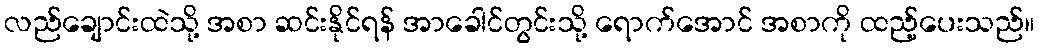
လည်ချောင်းထဲသို့ အစာ ဆင်းနိုင်ရန် အာခေါင်တွင်းသို့ ရောက်အောင် အစာကို ထည့်ပေးသည်။